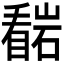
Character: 𭿠